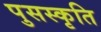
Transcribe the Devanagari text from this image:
पुसस्कृति